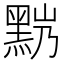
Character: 𪐹